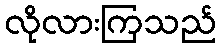
လိုလားကြသည်